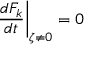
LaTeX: \left. \frac { d { \cal F } _ { k } } { d t } \right| _ { \zeta \neq 0 } = 0 \nonumber